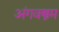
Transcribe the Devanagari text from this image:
अंगवस्त्रम